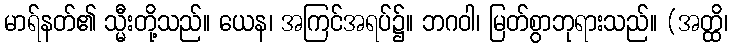
မာရ်နတ်၏ သ္မီးတို့သည်။ ယေန၊ အကြင်အရပ်၌။ ဘဂဝါ၊ မြတ်စွာဘုရားသည်။ (အတ္ထိ၊